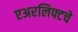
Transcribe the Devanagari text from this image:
एअरलिफ्टचे